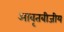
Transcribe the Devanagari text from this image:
आवृतबीजीय